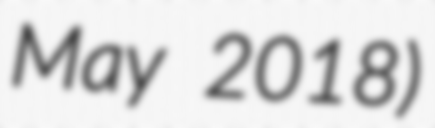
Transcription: May 2018)